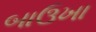
બાઉખા